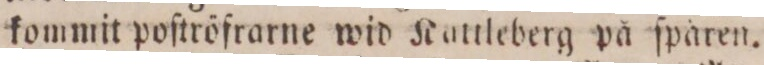
kommit poſtröfrarne wid Kattleberg på ſparen.